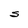
Character: S